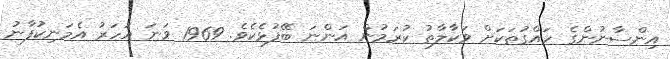
އިންސާނުންގެ ހައްގުތަކަށް ވަކާލާތު ކުރަމުން އަންނަ ބޭފުޅެކެވެ. 1969 ވަނަ އަހަރު އެމަނިކުފާނު